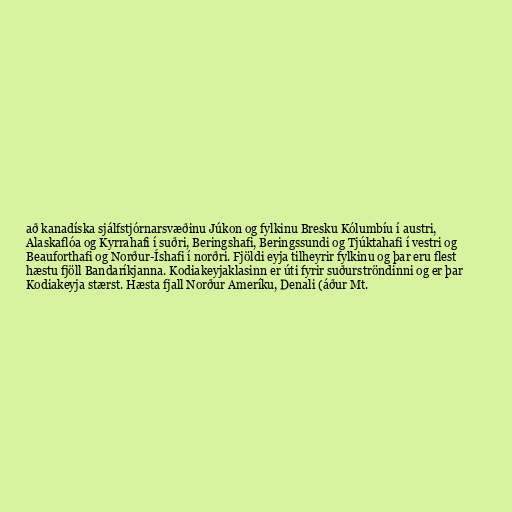
að kanadíska sjálfstjórnarsvæðinu Júkon og fylkinu Bresku Kólumbíu í austri,
Alaskaflóa og Kyrrahafi í suðri, Beringshafi, Beringssundi og Tjúktahafi í vestri og
Beauforthafi og Norður-Íshafi í norðri. Fjöldi eyja tilheyrir fylkinu og þar eru flest
hæstu fjöll Bandaríkjanna. Kodiakeyjaklasinn er úti fyrir suðurströndinni og er þar
Kodiakeyja stærst. Hæsta fjall Norður Ameríku, Denali (áður Mt.